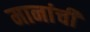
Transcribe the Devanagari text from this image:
मानांची